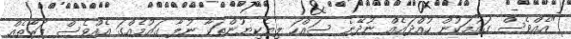
"އެއްވެސް ގައުމަކުން ހުއްދައެއް ނުދޭނެ ސައްހަ ލިޔެކިޔުންތަކާ ނުލާ ގައުމެއްގަ އެއްވެސް ފަރާތެއް